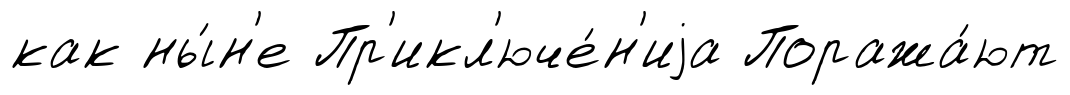
как ны́н'е Пр'икл'юче́н'иjа Поража́ют